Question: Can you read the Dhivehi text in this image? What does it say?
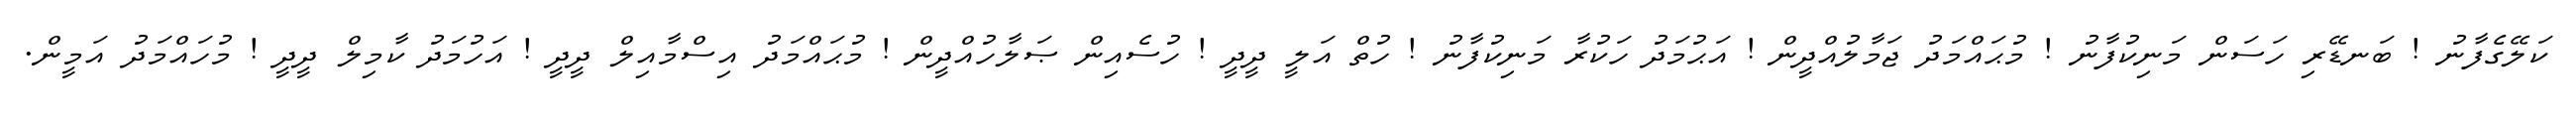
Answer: ކަލޭގެފާނު ! ބަނޑޭރި ހަސަން މަނިކުފާނު ! މުޙައްމަދު ޖަމާލުއްދީން ! އަޙުމަދު ހަކުރާ މަނިކުފާނު ! ހުތް އަލީ ދީދީ ! ހުސެއިން ޞަލާހުއްދީން ! މުޙައްމަދު އިސްމާއިލް ދީދީ ! އަހުމަދު ކާމިލް ދީދީ ! މުހައްމަދު އަމީން.